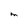
Character: M